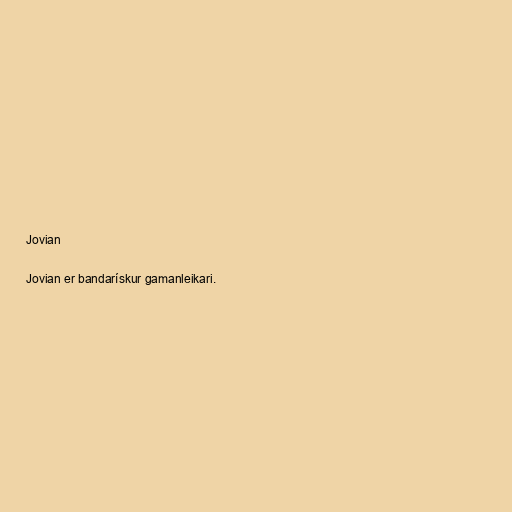
Jovian

Jovian er bandarískur gamanleikari.